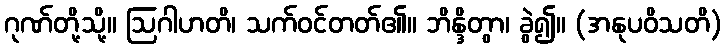
ဂုဏ်တို့သို့။ ဩဂါဟတိ၊ သက်ဝင်တတ်၏။ ဘိန္ဒိတွာ၊ ခွဲ၍။ (အနုပဝိသတိ)